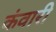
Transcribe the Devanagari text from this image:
कंवारी